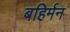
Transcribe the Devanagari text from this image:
बहिर्मन